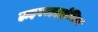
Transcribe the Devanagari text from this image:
हाइपरहइड्रोसिस